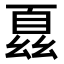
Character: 𫷢